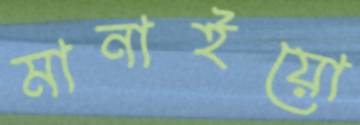
মানাইয়ো